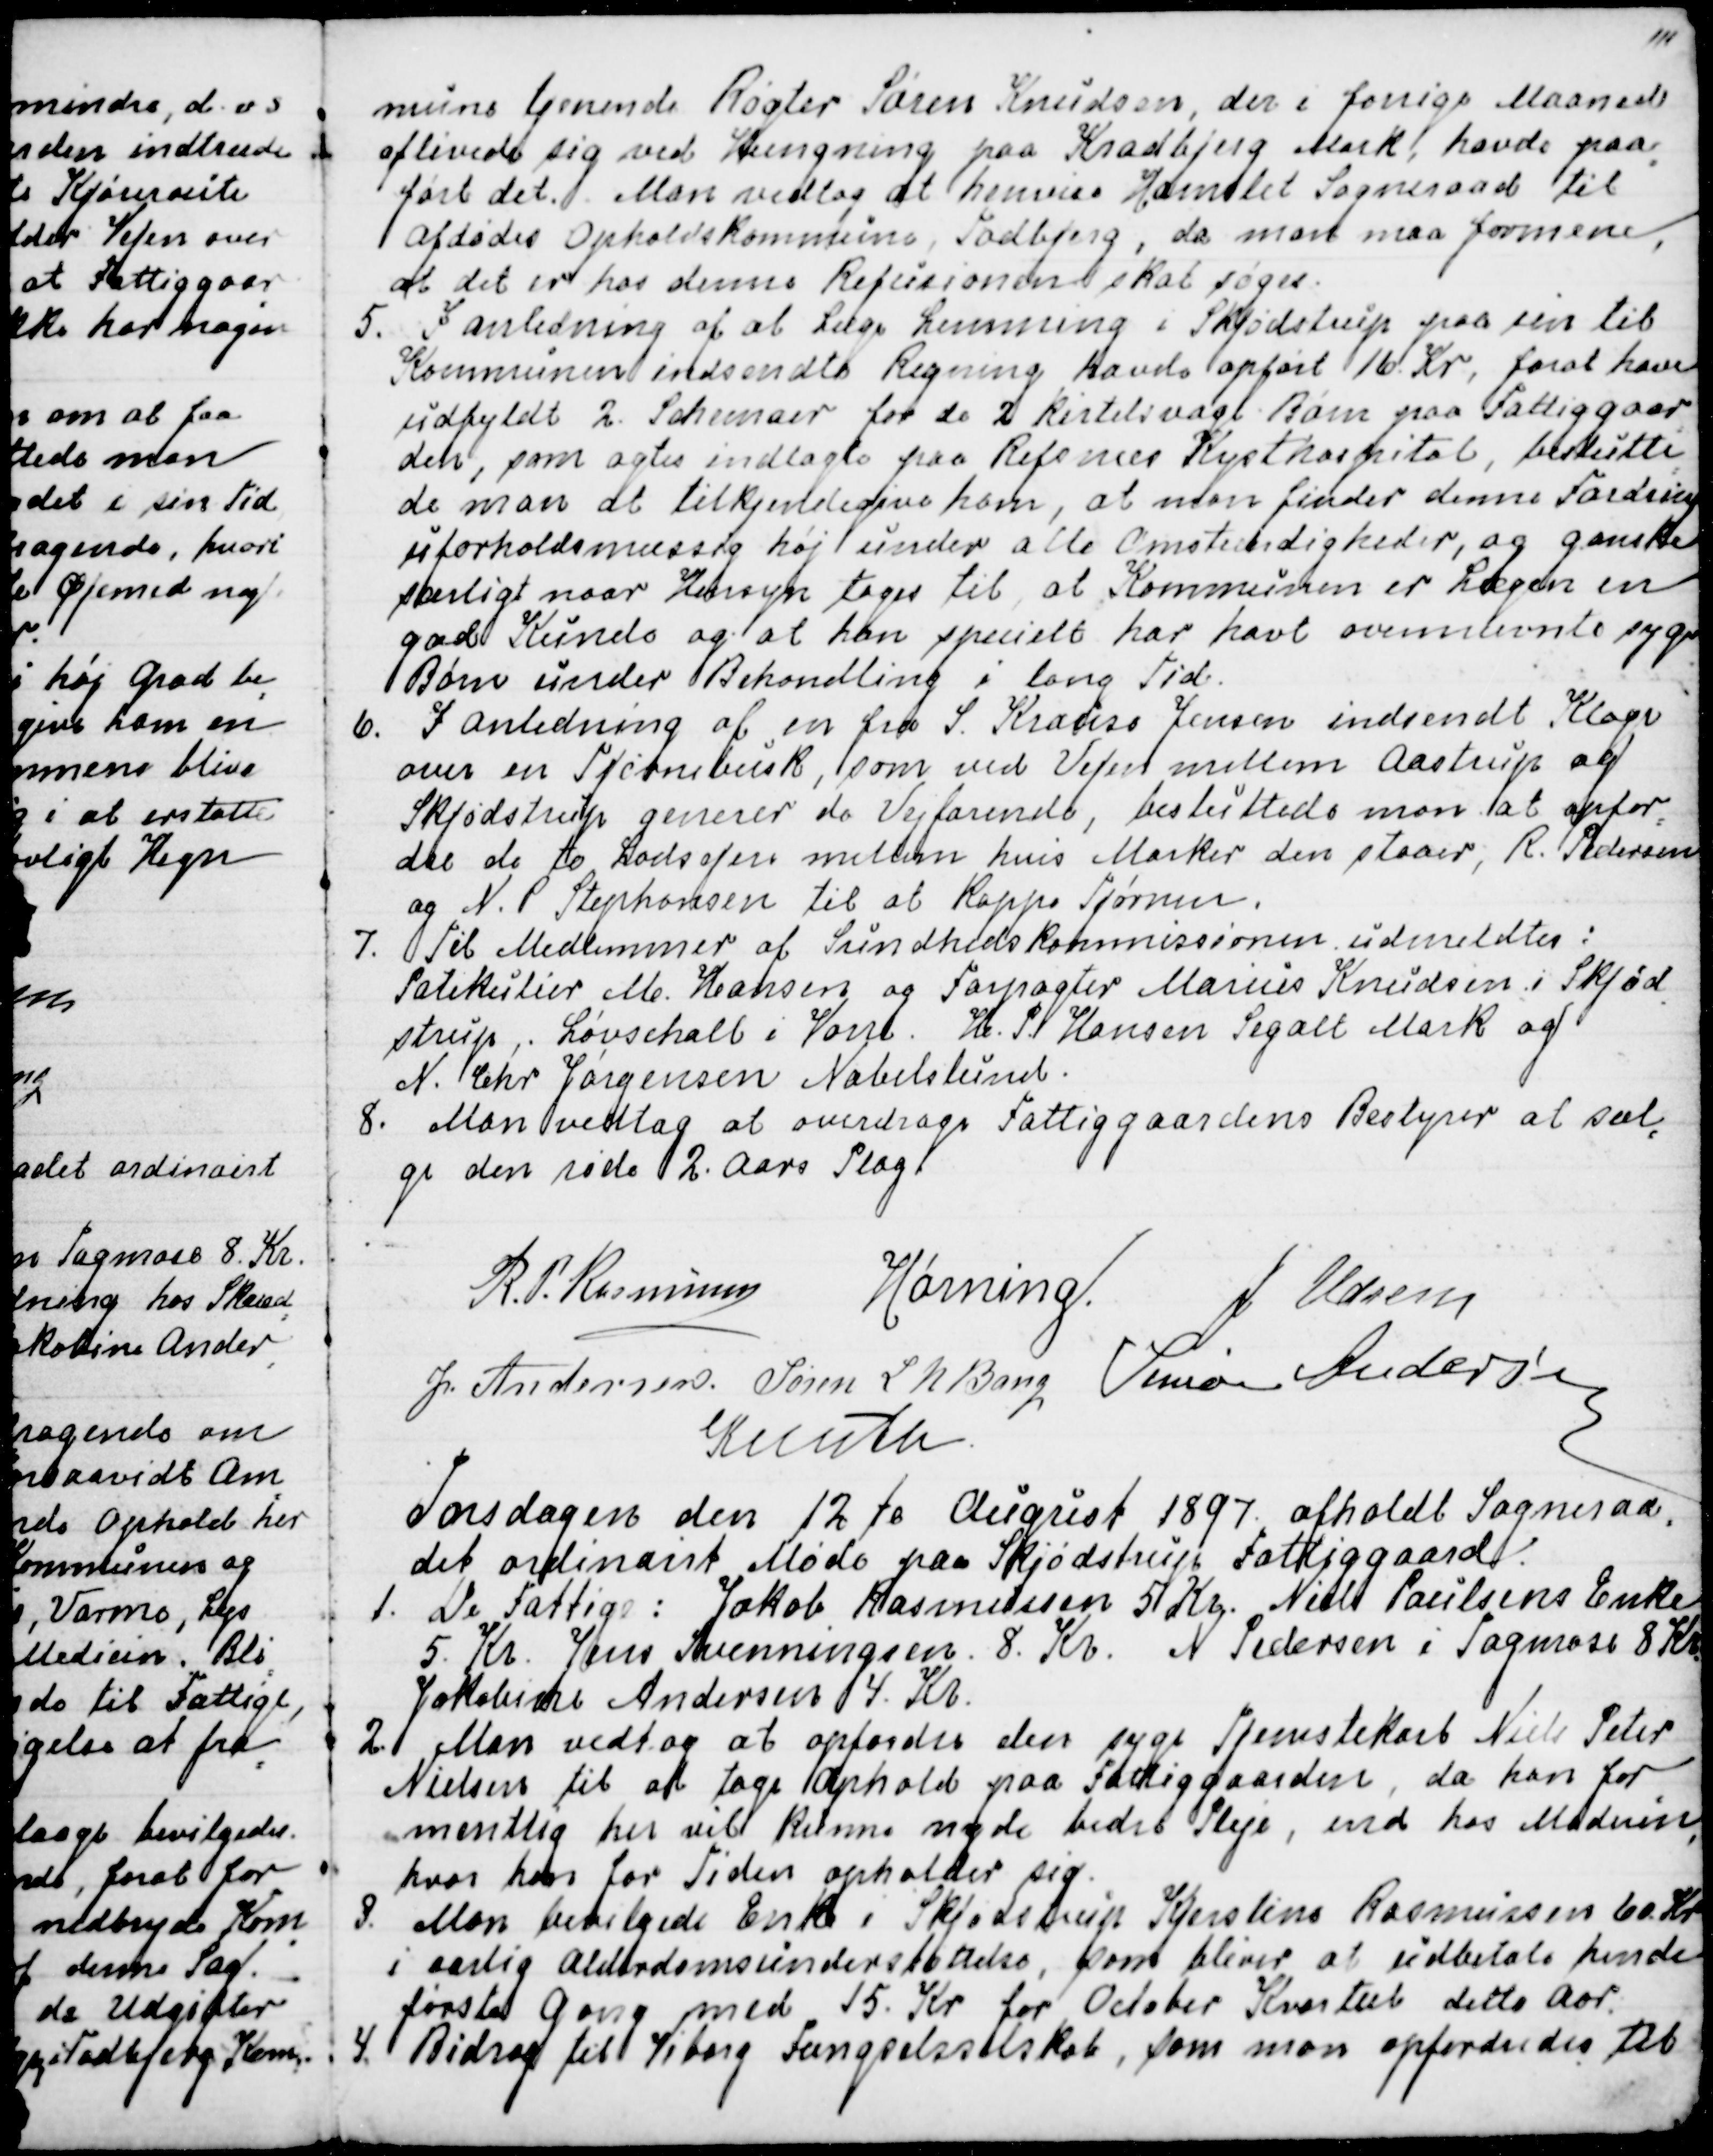
Transskription:
mune tjenende Røgter Søren Knudsen, der i forrige Maaned
aflivede sig ved Hængning paa Kradbjerg Mark, havde paa
=
ført det. Man vedtog at henvise Hornslet Sogneraad til
afdødes Opholdskommune, Todbjerg, da man maa formene,
at det er hos denne Refusionen skal søges.
5. I Anledning af at Læge Lemming i Skjødstrup paa sin til
Kommunen indsendte Regning havde opført 16. Kr, for at have
udfyldt 2. Schemaer for de 2 kirtelsvage Børn paa Fattiggaar
-
den, som agtes indlagte paa Refsnæs Kysthospital, beslutte
=
de man at tilkjendegive ham, at man finder denne Fordring
uforholdsmæssig høj under alle Omstændigheder, og ganske
særligt naar Hensyn tages til at Kommunen er Lægen en
god Kunde og at han specielt har havt ovennævnte syge
Børn under Behandling i lang Tid.
6. I Anledning af en fra S. Krause Jensen indsendt Klage
over en Tjørnebusk, som ved Vejen mellem Aastrup og
Skjødstrup generer de Vejfarende, besluttede man at opfor
=
dre de to Lodsejere mellem hvis Marker den staaer, R. Pedersen
og N. P. Stephansen til at kappe Tjørnen.
7. Til Medlemmer af Sundhedskommissionen udmeldtes:
Patekulier M. Hansen og Forpagter Marius Knudsen i Skjød
=
strup,. Løvschall i Vorre. H. P. Hansen Segalt og
N. Chr. Jørgensen Nabelslund.
8. Man vedtog at overdrage Fattiggaardens Bestyrer at sæl
=
ge den røde 2. Aars Plag.
R.P. Rasmussen
Hørning.
J Udsen
J. Andersen.
Søren L N Bang
Simon Andersen
Knuth

Torsdagen den 12te August 1897 afholdt Sogneraa
=
det ordinairt Møde paa Skjødstrup Fattiggaard.
1. De Fattige: Jakob Rasmussen 5 Kr. Niels Poulsens Enke
5. Kr. Jens Svenningsen. 8. Kr. N. Pedersen i Tagmose 8 Kr.
Jakobine Andersen 4. Kr.
2. Man vedtog at opfordre den syge Tjenstekarl Niels Peter
Nielsen til at tage Ophold paa Fattiggaarden, da han for
=
mentlig her vil kunne nyde bedst Pleje, end hos Moderen,
hvor han for Tiden opholder sig.
3. Man bevilgede Enke i Skjødstrup Kjerstine Rasmussen 60. Kr
i aarlig Alderdomsunderstøttelse, som bliver at udbetale hende
første Gang med 15. Kr. for October Kvartal dette Aar.
4. Bidrag til Viborg Fængselsselskab, som man opfordredes til